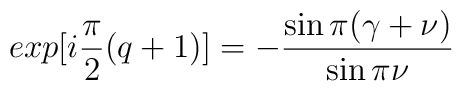
exp[i\frac{\pi}{2}(q+1)]=-\frac{\sin\pi(\gamma+\nu)}{\sin\pi\nu}